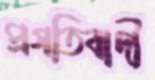
প্রগতিবাদী